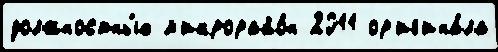
должностны́х м'икрорайо́н 2011 ор'иг'ина́ла